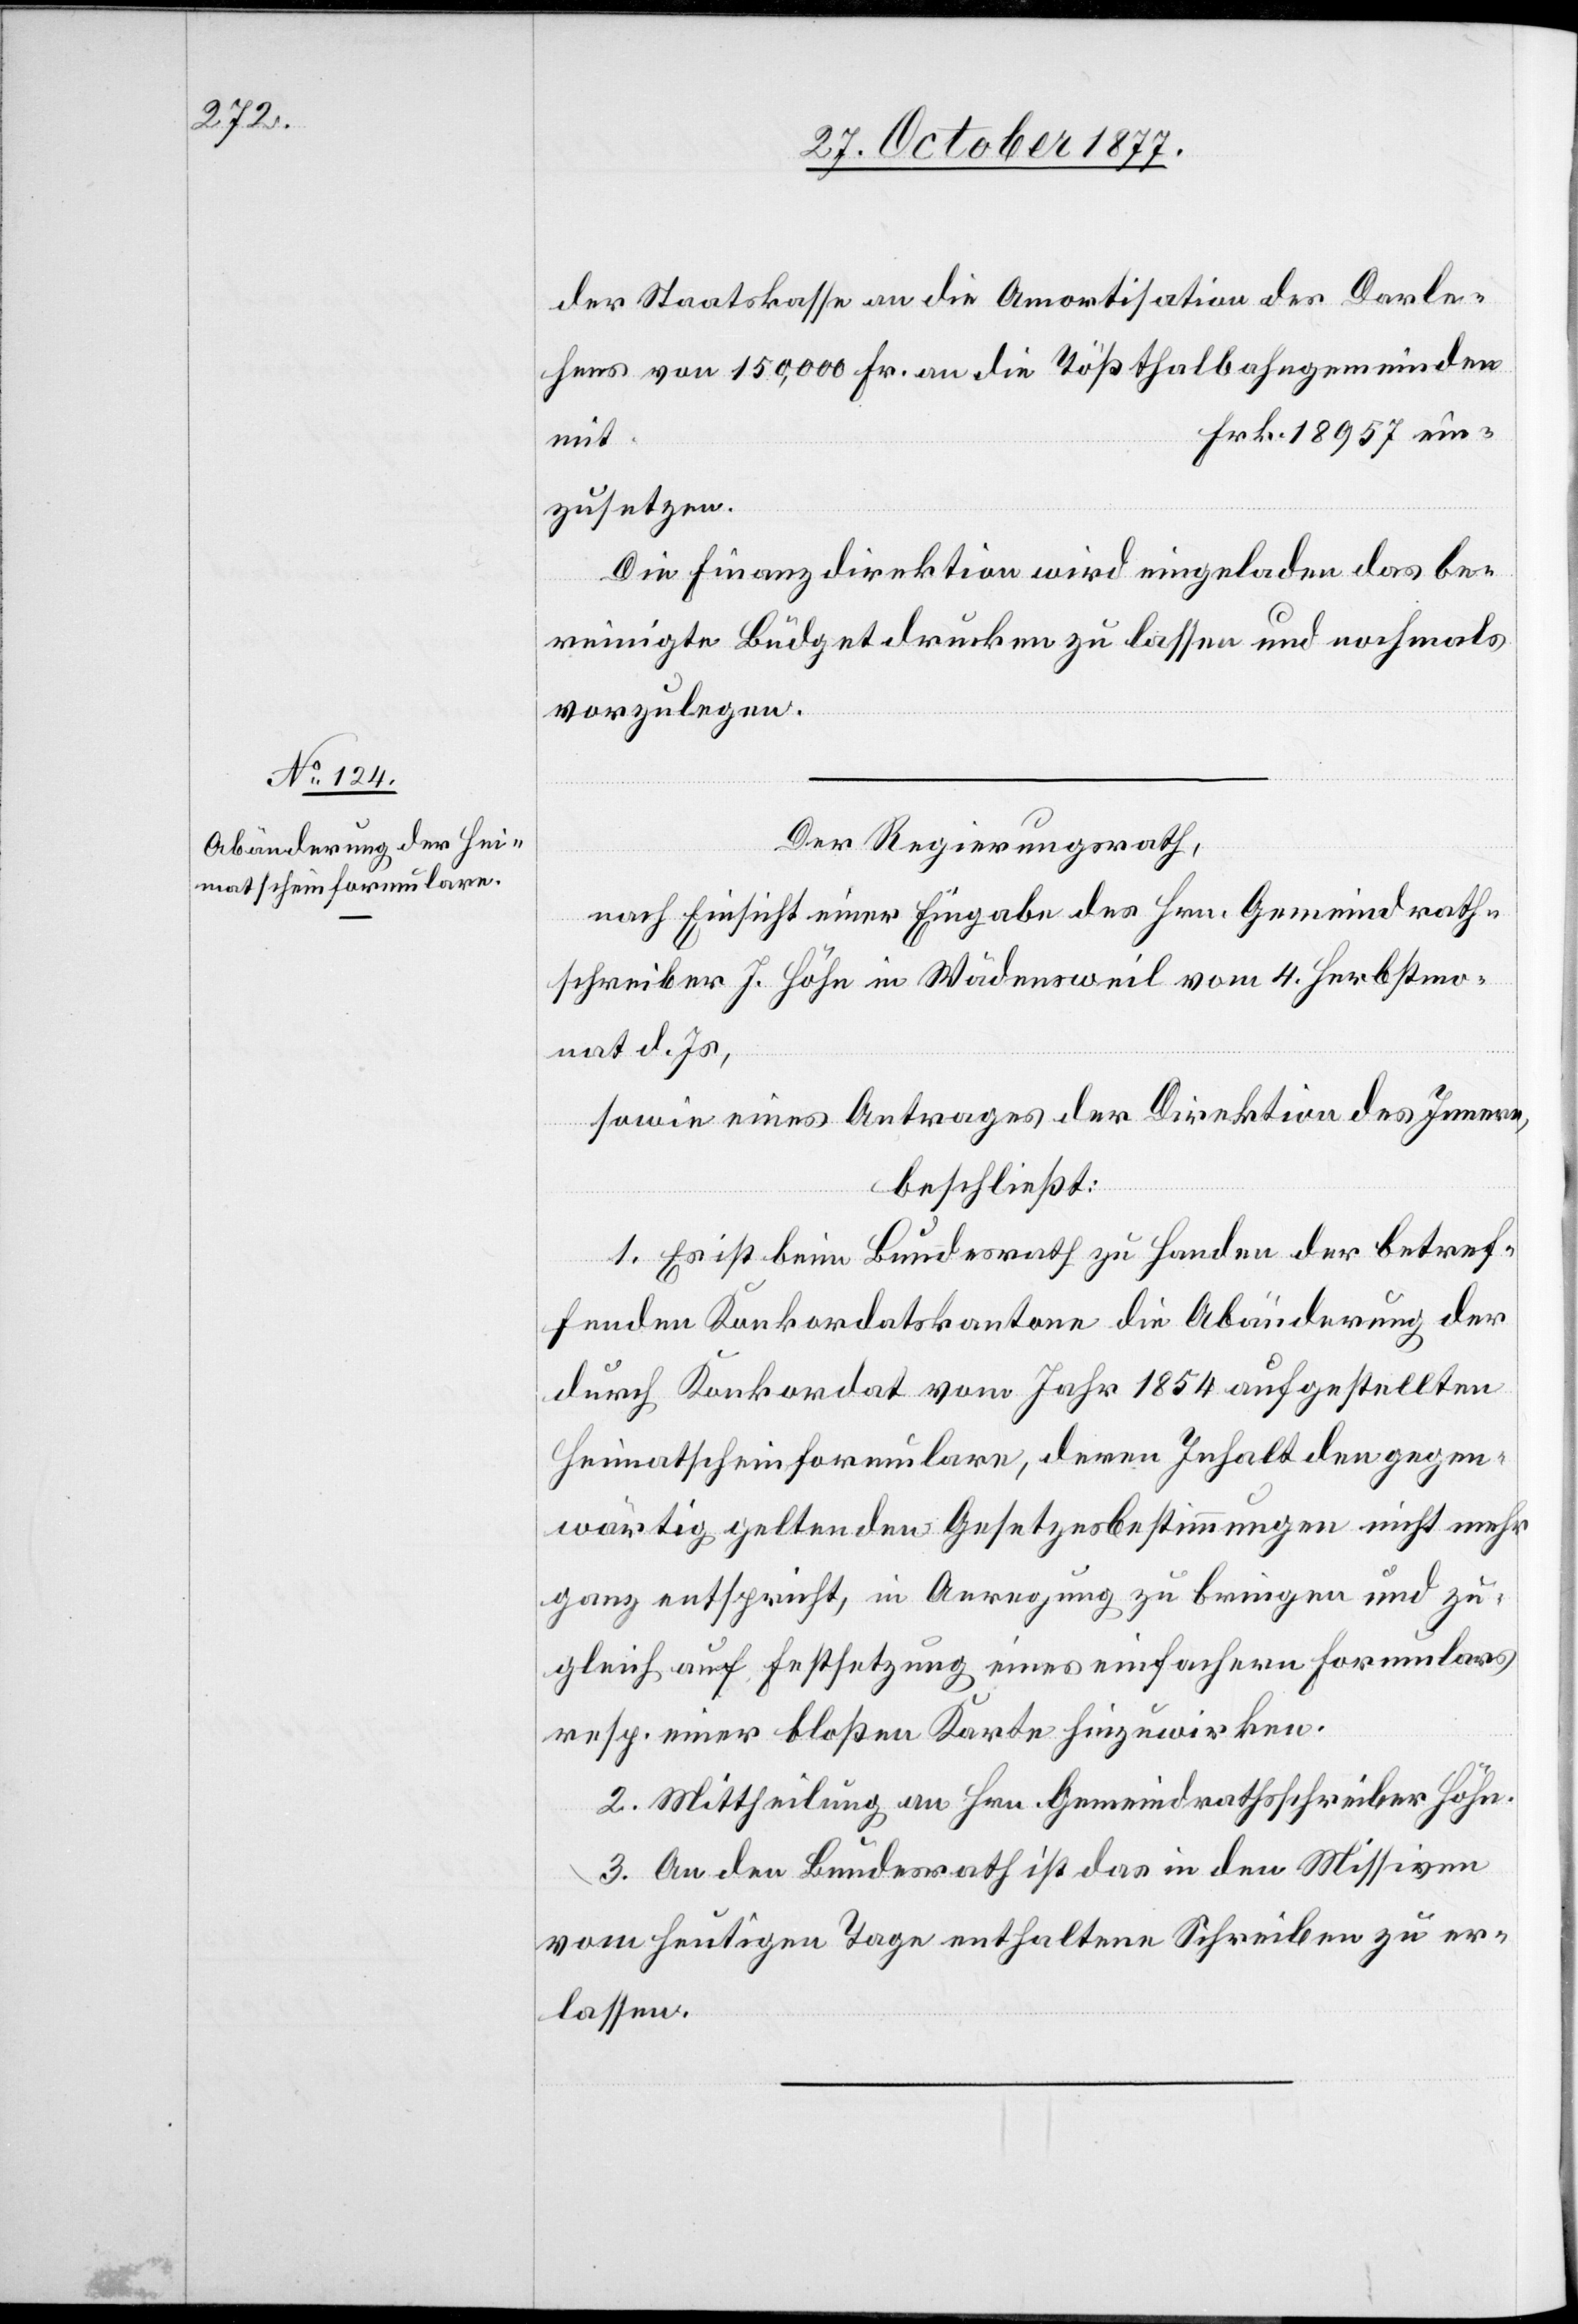
der Staatskasse an die Amortisation des Darle¬
hens von 150,000 Fr. an die Tößthalbahngemeinden
mit
zusetzen.
Die Finanzdirektion wird eingeladen das be¬
ein¬
reinigte Büdget drucken zu lassen und nochmals
vorzulegen.
Der Regierungsrath,
nach Einsicht einer Eingabe des Hrn. Gemeindrath¬
schreiber J. Höhn in Wädensweil vom 4. Herbstmo¬
nat d. Js,
sowie eines Antrages der Direktion des Innern,
Frk.
beschließt:
1. Es ist beim Bundesrath zu Handen der betref¬
fenden Konkordatskantone die Abänderung der
durch Konkordat vom Jahr 1854 aufgestellten
Heimatscheinformulare, deren Inhalt den gegen¬
wärtig geltenden Gesetzesbestimmungen nicht mehr
ganz entspricht, in Anregung zu bringen und zu¬
gleich auf Festsetzung eines einfachern Formulars
resp. einer bloßen Karte hinzuwirken.
2. Mittheilung an Hrn. Gemeindrathsschreiber Höhn.
3. An den Bundesrath ist das in den Missiven
vom heutigen Tage enthaltene Schreiben zu er¬
lassen.